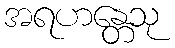
အရဟန္တေသု